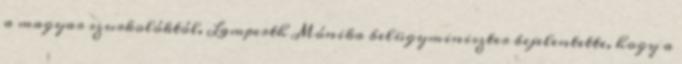
a magyar szurkolóktól. Lamperth Mónika belügyminiszter bejelentette, hogy a